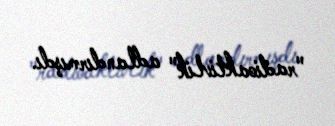
"radioaktivlik" adlandırmışdı.